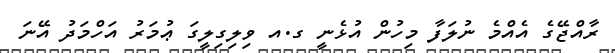
ރާއްޖޭގެ އެއްމެ ނުލަފާ މިހުން އުޅެނީ ގ.އ ވިލިގިލީގަ ޢުމަރު އަހްމަދު އޭނަ